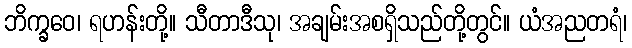
ဘိက္ခဝေ၊ ရဟန်းတို့။ သီတာဒီသု၊ အချမ်းအစရှိသည်တို့တွင်။ ယံအညတရံ၊